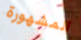
المشهورة